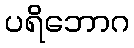
ပရိဘောဂ